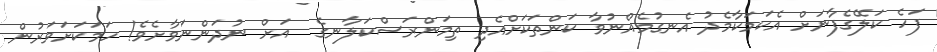
ފަހެ ކަލޭގެފާނަށް އެކަމަކާމެދު އެނގުމެއްނުވާ ކަންތަކަށްއެދި ތިމަންރަސްކަލާނގެ  އަށް ނުދަންނަވާށެވެ! ހަމަކަށަވަރުން